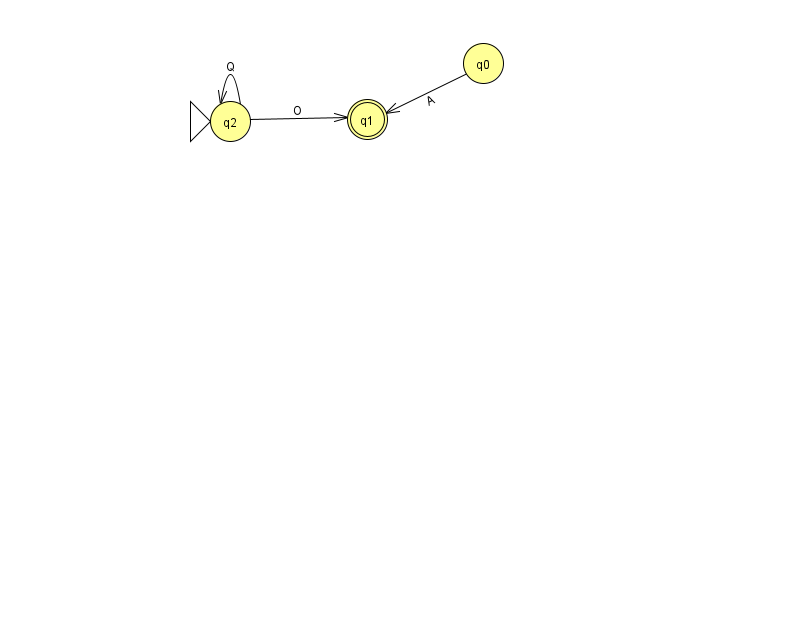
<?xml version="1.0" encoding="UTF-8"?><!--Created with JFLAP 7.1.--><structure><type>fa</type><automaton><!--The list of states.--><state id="0" name="q0"><x>483.0</x><y>50.0</y></state><state id="1" name="q1"><x>367.0</x><y>106.0</y><final/></state><state id="2" name="q2"><x>230.0</x><y>108.0</y><initial/></state><!--The list of transitions.--><transition><from>2</from><to>2</to><read>Q</read></transition><transition><from>2</from><to>1</to><read>O</read></transition><transition><from>0</from><to>1</to><read>A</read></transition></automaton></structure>